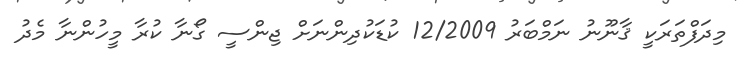
މިދަފްތަރަކީ ޤާނޫނު ނަމްބަރު 12/2009 ކުޑަކުދިންނަށް ޖިންސީ ގޯނާ ކުރާ މީހުންނާ މެދު